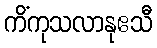
ကိံကုသလာနုဧသီ